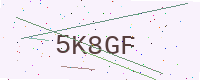
Text: 5K8GF